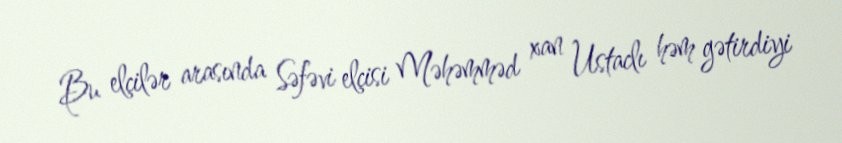
Bu elçilər arasında Səfəvi elçisi Məhəmməd xan Ustaclı həm gətirdiyi